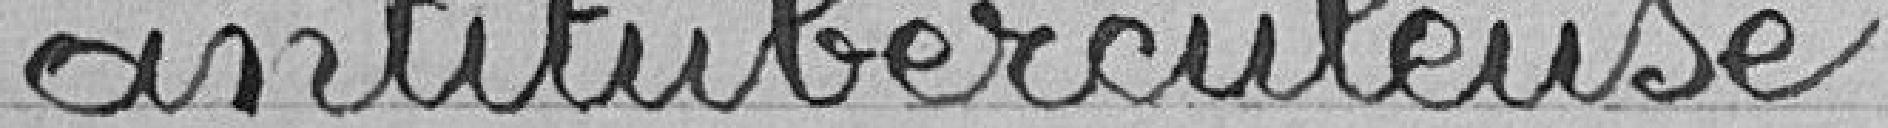
antituberculeuse